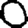
Digit: 0